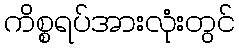
ကိစ္စရပ်အားလုံးတွင်